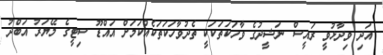
އަދި ވިދާޅުވީ ރައީސް ނަޝީދުގެ ވާހަކަތަކަކީ ތެދުވާހަކަތަކެއްކަމަށް އައްޑޫ ސިޓީގެ މޭޔަރު އަބްދު